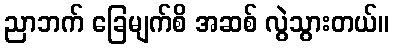
ညာဘက် ခြေမျက်စိ အဆစ် လွဲသွားတယ်။